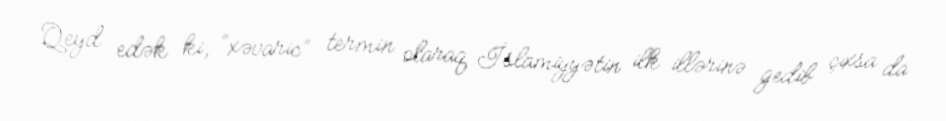
Qeyd edək ki, “xəvaric” termin olaraq İslamiyyətin ilk illərinə gedib çıxsa da